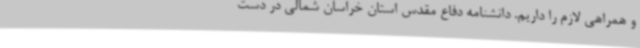
و همراهی لازم را داریم. دانشنامه دفاع مقدس استان خراسان شمالی در دست